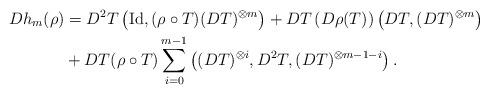
LaTeX: \begin{align*}Dh_m(\rho) &=D^2T \left( \operatorname{Id}, (\rho \circ T)(DT)^{\otimes m} \right) + DT \left( D\rho(T) \right)\left(DT, (DT)^{\otimes m} \right) \\&+ DT (\rho \circ T) \sum_{i=0}^{m-1} \left( (DT)^{\otimes i}, D^2T, (DT)^{\otimes m-1-i} \right).\end{align*}